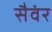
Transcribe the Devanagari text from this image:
सैवंर